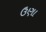
ઉણા